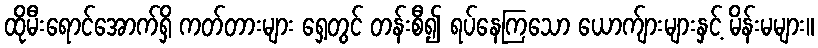
ထိုမီးရောင်အောက်ရှိ ကတ်တားများ ရှေ့တွင် တန်းစီ၍ ရပ်နေကြသော ယောက်ျားများနှင့် မိန်းမများ။